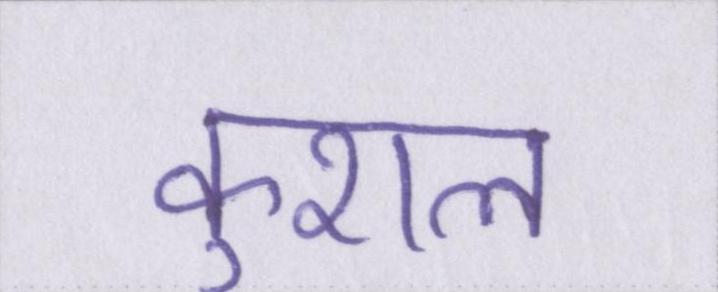
कुशल